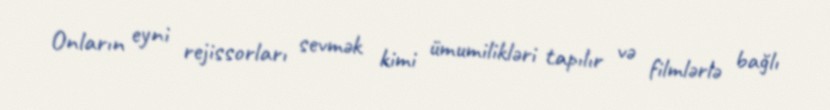
Onların eyni rejissorları sevmək kimi ümumilikləri tapılır və filmlərlə bağlı